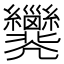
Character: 𢀐